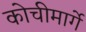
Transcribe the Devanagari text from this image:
कोचीमार्गे